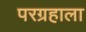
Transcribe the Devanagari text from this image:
परग्रहाला